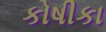
કોષીકા